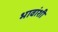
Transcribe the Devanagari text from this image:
भावांशी